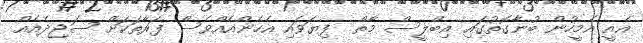
އެއީ އެމީހުން ބުނާގޮތުގައި އިބްލީސް މާތް  ފިޔަވައި އެހެންއެއްވެސް ފަރާތަކަށް ސަޖިދެއެއް